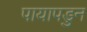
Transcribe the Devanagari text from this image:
पायापडुन